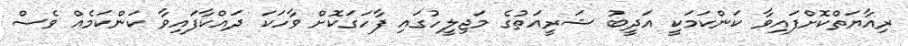
ރިއާޔަތްކޮށްފައިވާ ކަންކަމަކީ އަދީބު ޝަރީއަތުގެ މަޖިލީހުގައި ފާހަގަކޮށް ވާހަކަ ދައްކާފައިވާ ކަންކަމެއް ވެސް